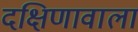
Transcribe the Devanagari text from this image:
दक्षिणावाला